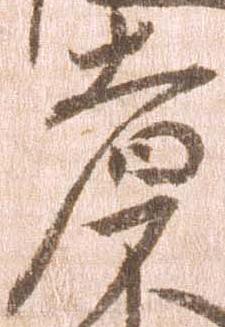
者